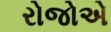
રોજોએ